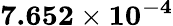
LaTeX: \mathbf{7.652\times 10^{-4}}